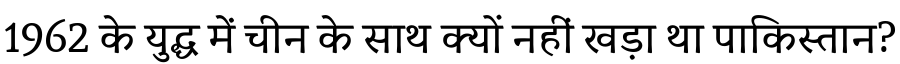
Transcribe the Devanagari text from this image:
1962 के युद्ध में चीन के साथ क्यों नहीं खड़ा था पाकिस्तान?